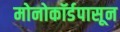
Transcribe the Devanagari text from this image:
मोनोकॉर्डपासून